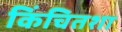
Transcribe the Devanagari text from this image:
किंचितशा